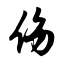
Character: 伤